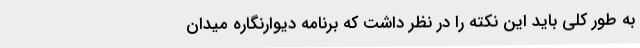
به طور کلی باید این نکته را در نظر داشت که برنامه دیوارنگاره میدان